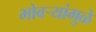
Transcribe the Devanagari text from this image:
भोवर्‍यांमुळे